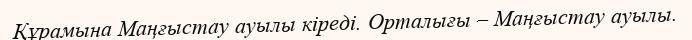
Құрамына Маңғыстау ауылы кіреді. Орталығы – Маңғыстау ауылы.